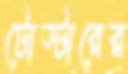
টোস্টারের